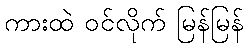
ကားထဲ ဝင်လိုက် မြန်မြန်